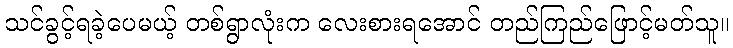
သင်ခွင့်ရခဲ့ပေမယ့် တစ်ရွာလုံးက လေးစားရအောင် တည်ကြည်ဖြောင့်မတ်သူ။